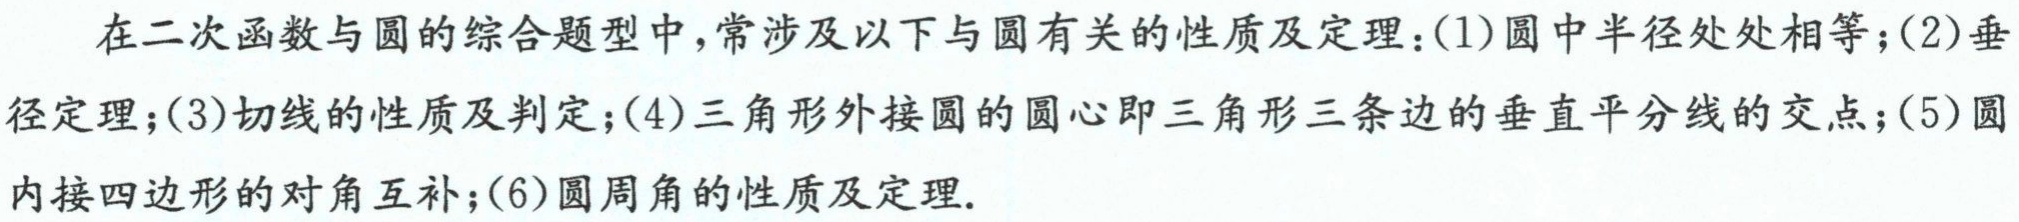
在二次函数与圆的综合题型中，常涉及以下与圆有关的性质及定理：(1)圆中半径处处相等；(2)垂径定理；(3)切线的性质及判定；(4)三角形外接圆的圆心即三角形三条边的垂直平分线的交点；(5)圆内接四边形的对角互补；(6)圆周角的性质及定理.